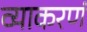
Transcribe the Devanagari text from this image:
व्याकरणं